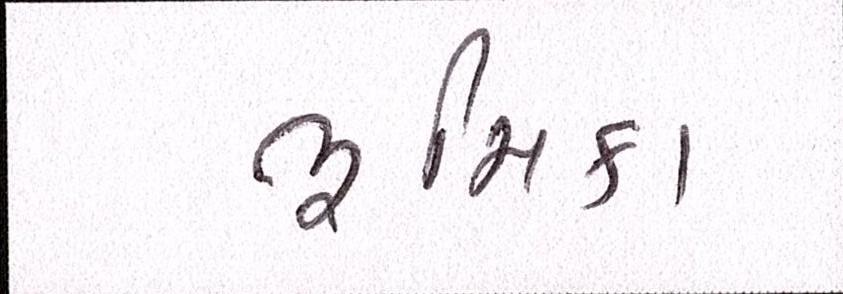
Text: ભૂમિકા